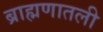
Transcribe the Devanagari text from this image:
ब्राह्मणातली